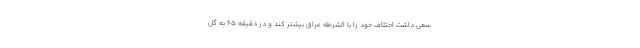
سعی داشت اختلاف خود را با الشرطه عراق بیشتر کند و در دقیقه ۶۵ به گل